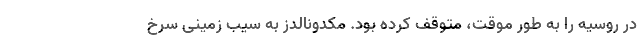
در روسیه را به طور موقت، متوقف کرده بود. مکدونالدز به سیب زمینی سرخ